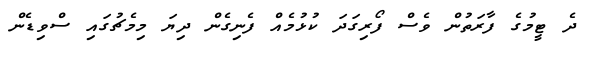
ދެ ޓީމުގެ ފާރަތުން ވެސް ފޯރިގަދަ ކުޅުމެއް ފެނިގެން ދިޔަ މިމެޗުގައި ސްވިޑެން